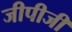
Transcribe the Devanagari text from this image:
जीपीजी